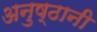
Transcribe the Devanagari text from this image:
अनुष्ठानी